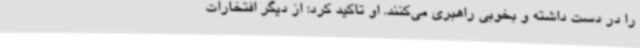
را در دست داشته و بخوبی راهبری می‌کنند. او تاکید کرد: از دیگر افتخارات